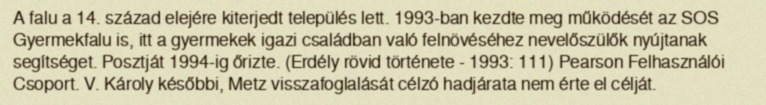
A falu a 14. század elejére kiterjedt település lett. 1993-ban kezdte meg működését az SOS Gyermekfalu is, itt a gyermekek igazi családban való felnövéséhez nevelőszülők nyújtanak segítséget. Posztját 1994-ig őrizte. (Erdély rövid története - 1993: 111) Pearson Felhasználói Csoport. V. Károly későbbi, Metz visszafoglalását célzó hadjárata nem érte el célját.